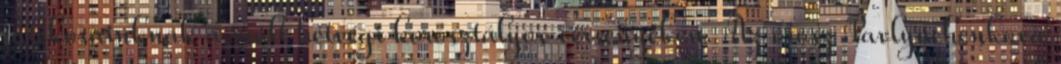
játékosainknak a múlt hétvégi korosztályos versenyeken. Az orosz Pavlyuchenkova